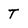
Character: T